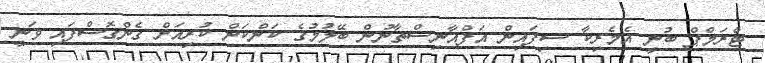
ޓްރަމްޕް ބުނީ އެމެރިކާ ސިފައިން އަފްޣާނިސްތާނުން ބޭލުމުގެ ކަންކަން ކުރިއަށް ގެންގޮސްފައި ވަނީ